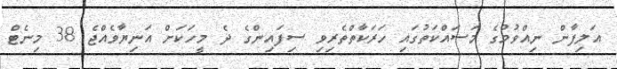
އަލިފާން ނިއްވުމުގެ މަސައްކަތުގައި ހަރަކާތްތެރިވި ސިފައިންގެ ދެ މީހަކަށް އަނިޔާވެއްޖެ 38 މިނެޓް